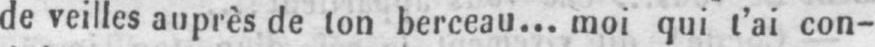
de veilles auprès de ton berceau... moi qui t’ai con-